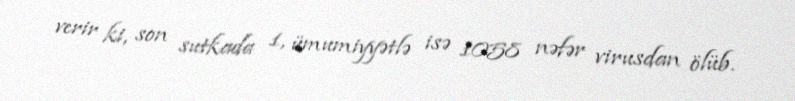
verir ki, son sutkada 1, ümumiyyətlə isə 1058 nəfər virusdan ölüb.